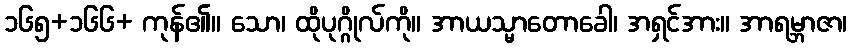
၁၆၅+၁၆၆+ ကုန်၏။ သော၊ ထိုပုဂ္ဂိုလ်ကို။ အာယသ္မာတောခေါ၊ အရှင်အား။ အာရမ္ဘာဇာ၊